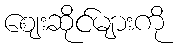
ဈေးဆိုင်များကို